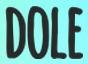
DOLE